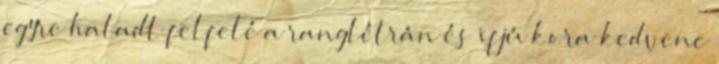
egyre haladt felfelé a ranglétrán és ifjú kora kedvenc